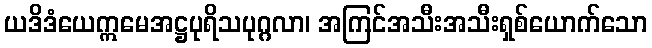
ယဒိဒံယေဣမေအဋ္ဌပုရိသပုဂ္ဂလာ၊ အကြင်အသီးအသီးရှစ်ယောက်သော